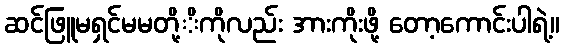
ဆင်ဖြူမရှင်မမတို့ိကိုလည်း အားကိုးဖို့ တော့ကောင်းပါရဲ့။